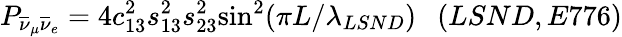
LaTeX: P_{\overline{{{\nu}}}_{\mu}\overline{{{\nu}}}_{e}}=4c_{13}^{2}s_{13}^{2}s_{23}^{2}{\sin^{2}}({\pi L/\lambda_{LSND}})~~~(LSND,E776)